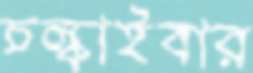
চল্‌কাইবার